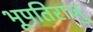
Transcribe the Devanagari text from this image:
भूपतिराजु